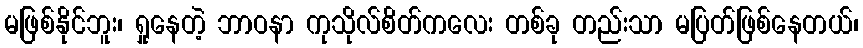
မဖြစ်နိုင်ဘူး၊ ရှုနေတဲ့ ဘာဝနာ ကုသိုလ်စိတ်ကလေး တစ်ခု တည်းသာ မပြတ်ဖြစ်နေတယ်၊